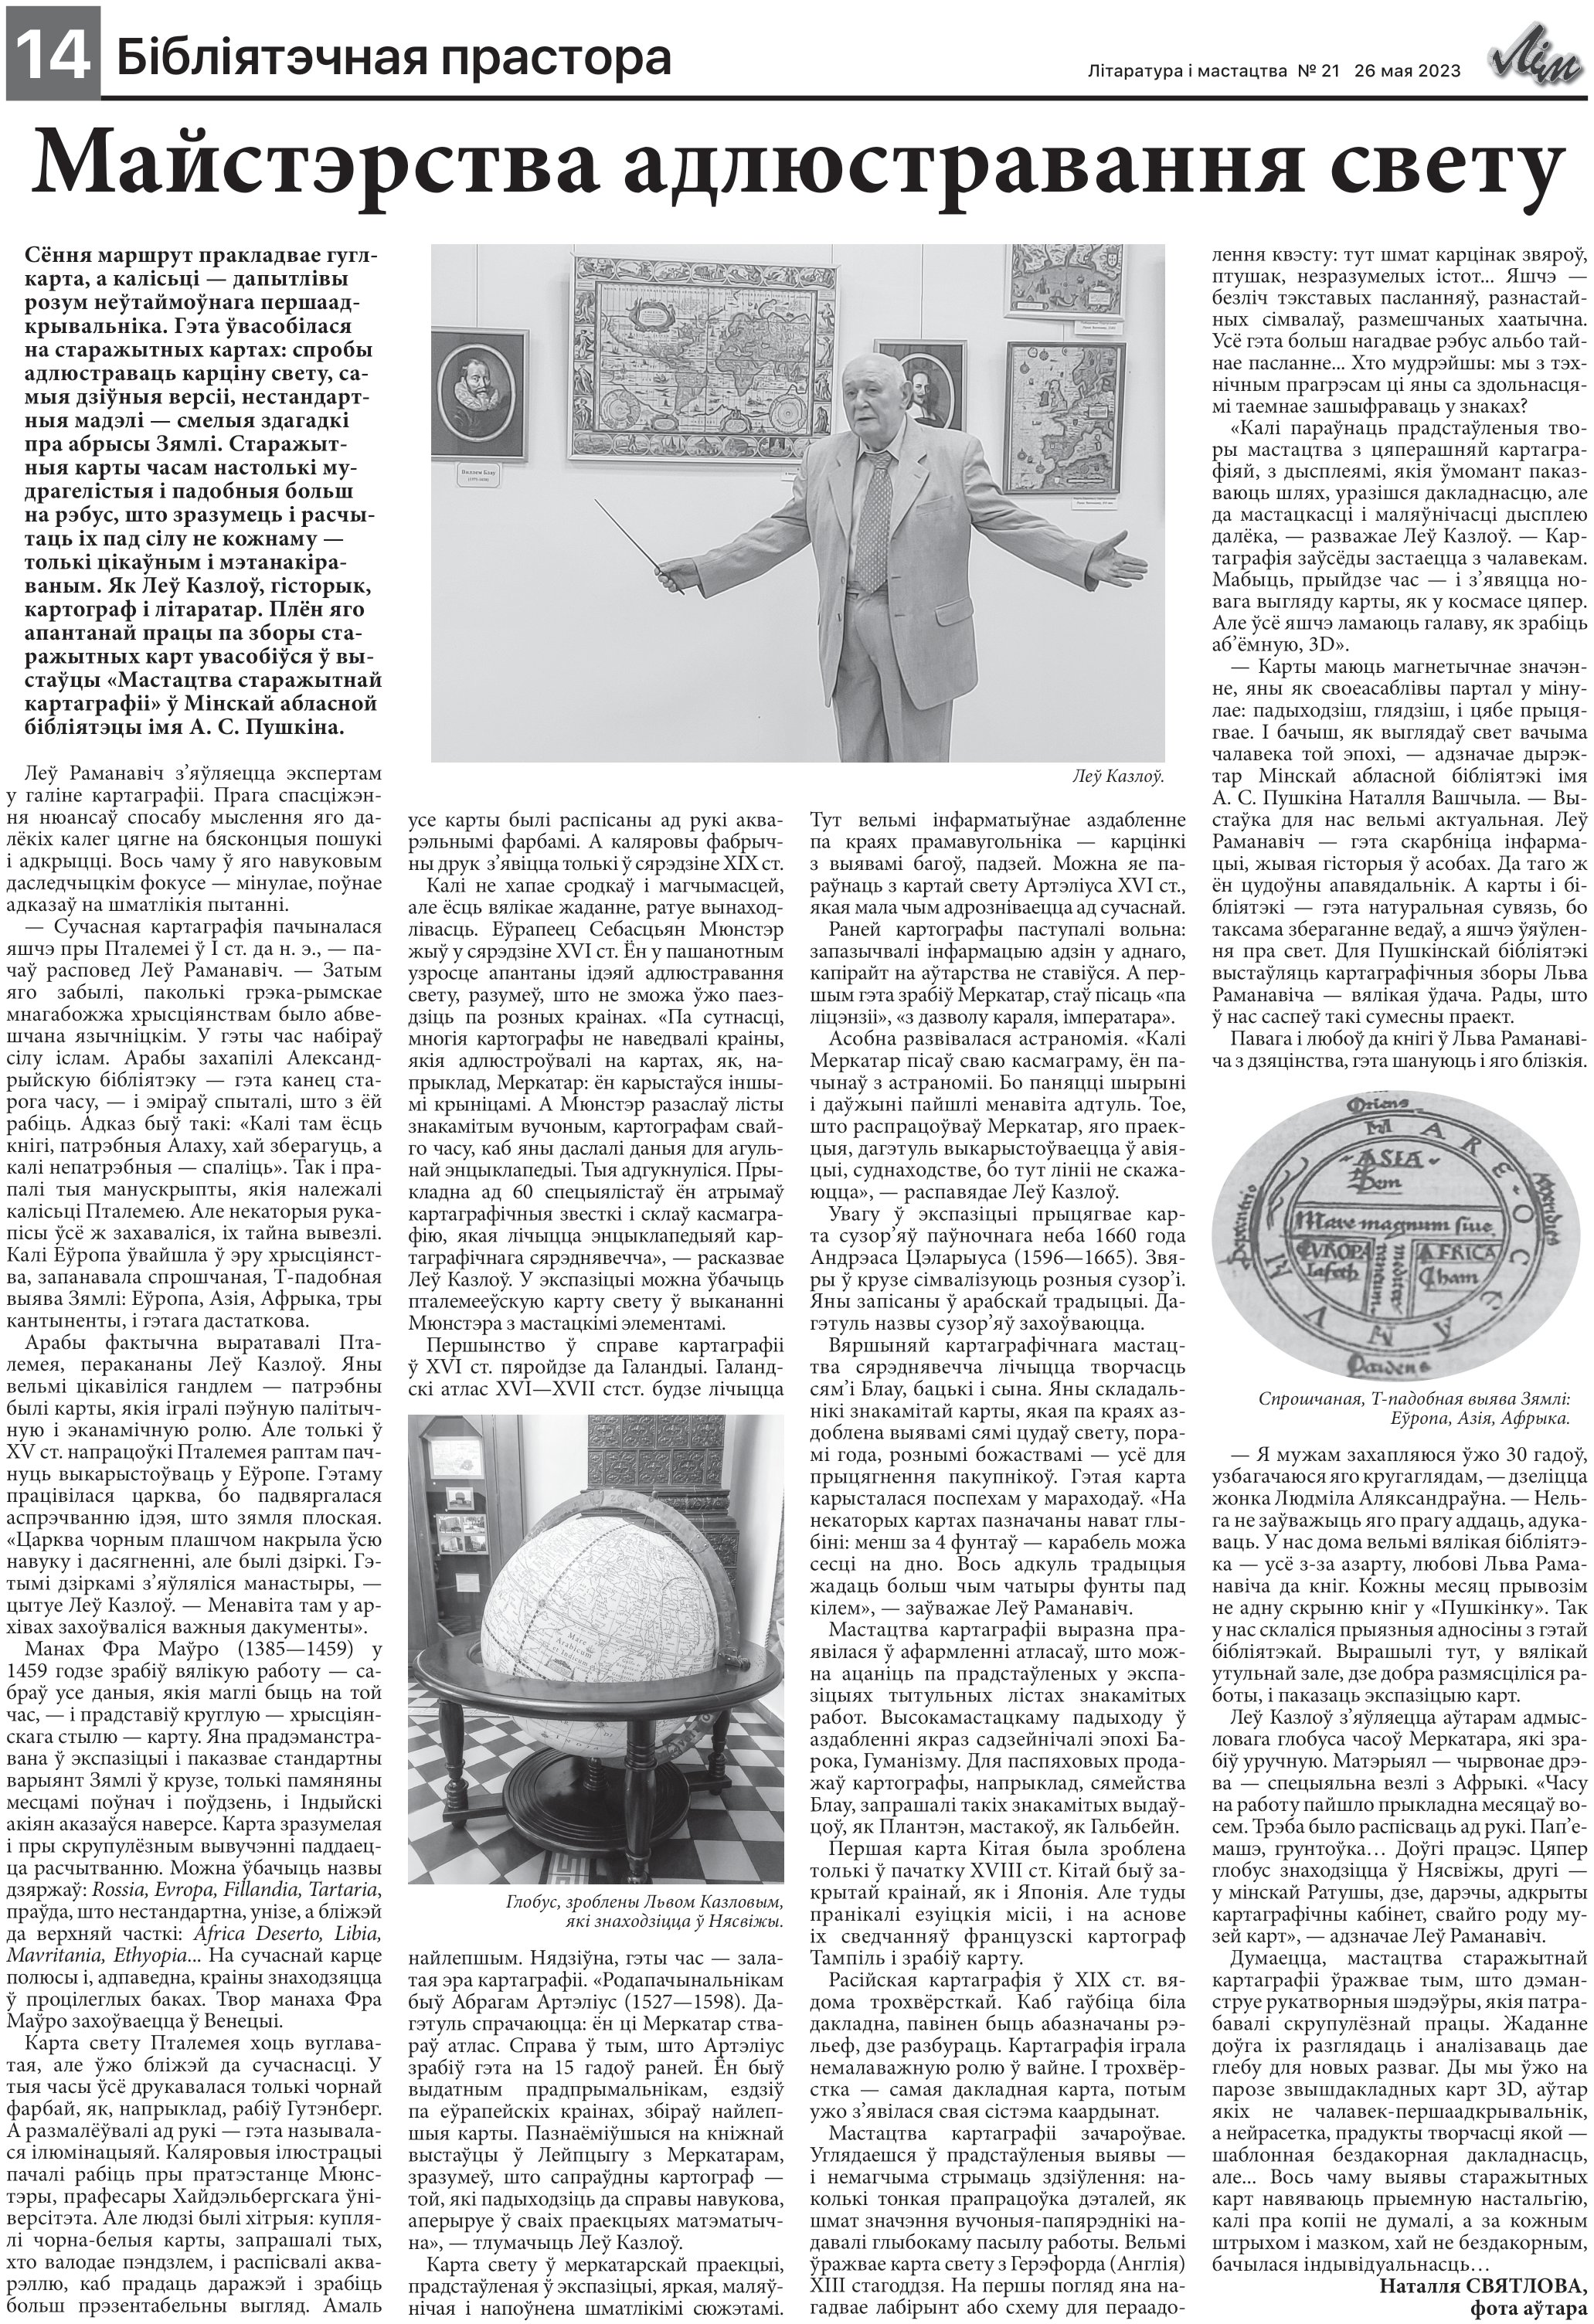
Language: be